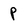
Character: p